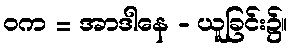
ဝက = အာဒါနေ - ယူခြင်း၌။